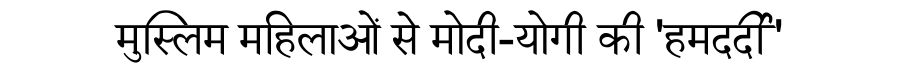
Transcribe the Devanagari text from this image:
मुस्लिम महिलाओं से मोदी-योगी की 'हमदर्दी'